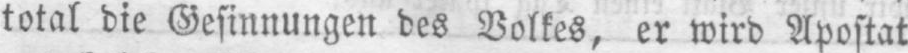
total die Gesinnungen des Volkes, er wird Apostat